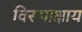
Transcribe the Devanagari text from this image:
विरूपाक्षाय